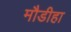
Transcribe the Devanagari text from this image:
मौडीहा